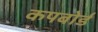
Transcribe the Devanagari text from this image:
कपबोर्ड